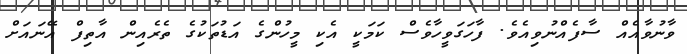
ވާނުވާއެއް ސާފެއްނުވިއެވެ. ފާހަގަވީހާވެސް ކަމަކީ އެކި މީހުންގެ އަޑުތަކުގެ ތެރެއިން އާތިފް އޭނައަށް